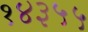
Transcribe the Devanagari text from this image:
१४३५५